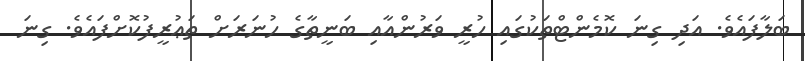
ބަލާފައެވެ. އަދި ގިނަ ކޮމެންޓްތަކުގައި ހުރީ ވަރުންއާއި ބަނީތާގެ ހުނަރަށް ތަޢުރީފުކޮށްފައެވެ. ގިނަ